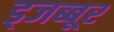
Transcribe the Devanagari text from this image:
ड्जब्बूर